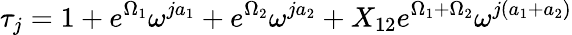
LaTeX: \tau_{j}=1+e^{\Omega_{1}}\omega^{ja_{1}}+e^{\Omega_{2}}\omega^{ja_{2}}+X_{12}e^{\Omega_{1}+\Omega_{2}}\omega^{j(a_{1}+a_{2})}